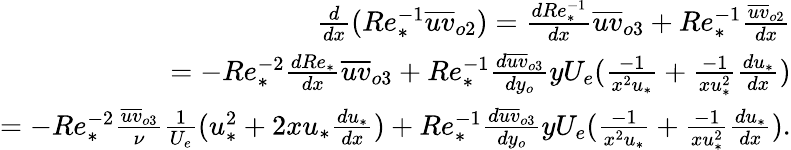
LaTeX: \begin{array}{r}{\frac{d}{dx}(Re_{*}^{-1}\overline{{uv}}_{o2})=\frac{dRe_{*}^{-1}}{dx}\overline{{uv}}_{o3}+Re_{*}^{-1}\frac{\overline{{uv}}_{o2}}{dx}}\\ {=-Re_{*}^{-2}\frac{dRe_{*}}{dx}\overline{{uv}}_{o3}+Re_{*}^{-1}\frac{d\overline{{uv}}_{o3}}{dy_{o}}yU_{e}(\frac{-1}{x^{2}u_{*}}+\frac{-1}{xu_{*}^{2}}\frac{du_{*}}{dx})}\\ {=-Re_{*}^{-2}\frac{\overline{{uv}}_{o3}}{\nu}\frac{1}{U_{e}}(u_{*}^{2}+2xu_{*}\frac{du_{*}}{dx})+Re_{*}^{-1}\frac{d\overline{{uv}}_{o3}}{dy_{o}}yU_{e}(\frac{-1}{x^{2}u_{*}}+\frac{-1}{xu_{*}^{2}}\frac{du_{*}}{dx}).}\end{array}